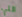
التي